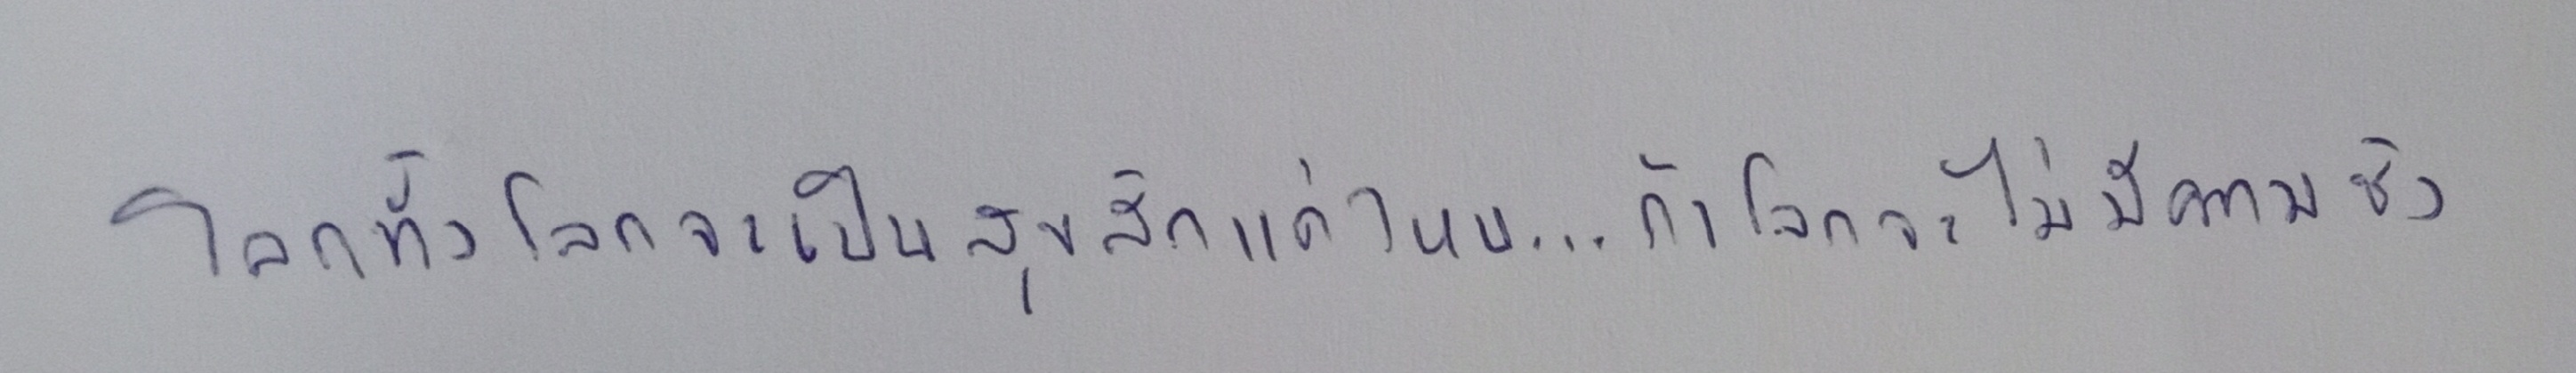
โลกทั้งโลกจะเป็นสุขสักแค่ไหน...ถ้าโลกจะไม่มีความชัง